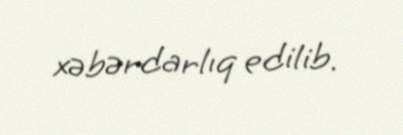
xəbərdarlıq edilib.